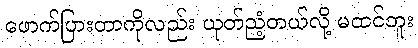
ဖောက်ပြားတာကိုလည်း ယုတ်ညံ့တယ်လို့ မထင်ဘူး